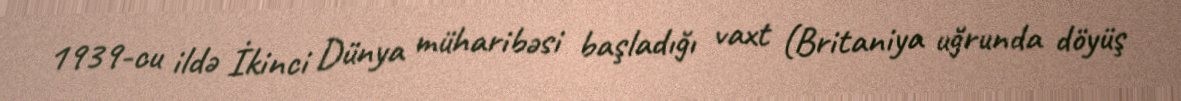
1939-cu ildə İkinci Dünya müharibəsi başladığı vaxt (Britaniya uğrunda döyüş